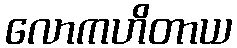
လောကဟိတာယ